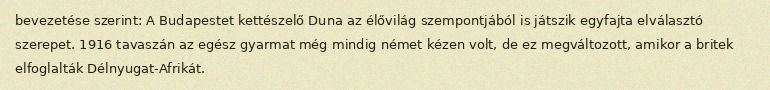
bevezetése szerint: A Budapestet kettészelő Duna az élővilág szempontjából is játszik egyfajta elválasztó szerepet. 1916 tavaszán az egész gyarmat még mindig német kézen volt, de ez megváltozott, amikor a britek elfoglalták Délnyugat-Afrikát.